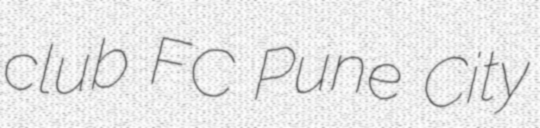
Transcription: club FC Pune City